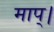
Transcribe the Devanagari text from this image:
माप्।